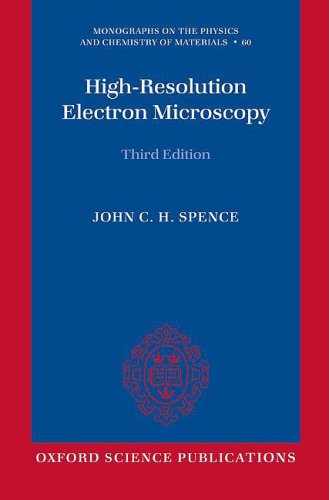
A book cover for High-Resolution Electron Microscopy (Monographs on the Physics and Chemistry of Materials); John C. H. Spence; Science & Math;